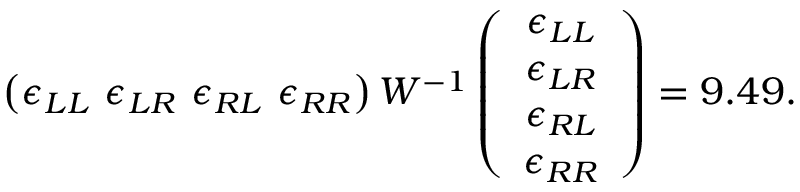
\left( \epsilon _ { L L } \ \epsilon _ { L R } \ \epsilon _ { R L } \ \epsilon _ { R R } \right) W ^ { - 1 } \left( \begin{array} { c } { { \epsilon _ { L L } } } \\ { { \epsilon _ { L R } } } \\ { { \epsilon _ { R L } } } \\ { { \epsilon _ { R R } } } \end{array} \right) = 9 . 4 9 .